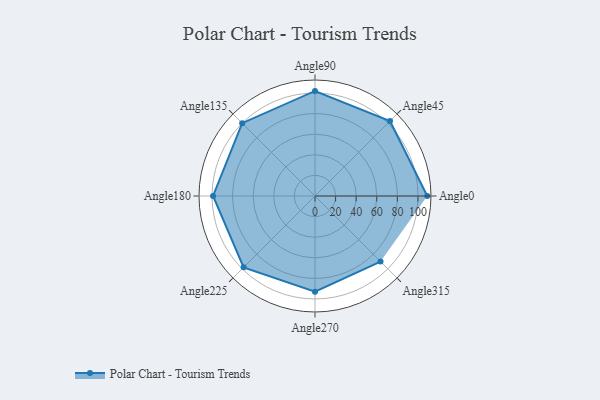
{"axis": {"x": "Angle", "y": "Radius"}, "legend": [""], "data": [{"x": "Angle0", "y": 109.0, "type": ""}, {"x": "Angle45", "y": 103.0, "type": ""}, {"x": "Angle90", "y": 102.0, "type": ""}, {"x": "Angle135", "y": 100.0, "type": ""}, {"x": "Angle180", "y": 99.0, "type": ""}, {"x": "Angle225", "y": 98.0, "type": ""}, {"x": "Angle270", "y": 93.0, "type": ""}, {"x": "Angle315", "y": 90.0, "type": ""}]}